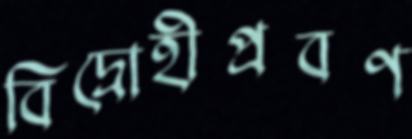
বিদ্রোহীপ্রবণ